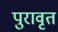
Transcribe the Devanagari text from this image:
पुरावृत